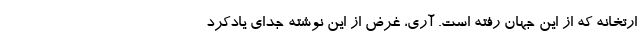
ارتخانه که از این جهان رفته است. آری، غرض از این نوشته جدای یادکرد